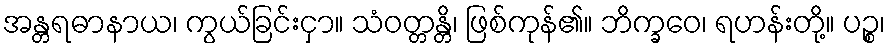
အန္တရဓာနာယ၊ ကွယ်ခြင်းငှာ။ သံဝတ္တန္တိ၊ ဖြစ်ကုန်၏။ ဘိက္ခဝေ၊ ရဟန်းတို့။ ပဉ္စ၊